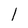
Character: 1